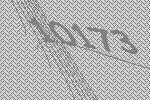
10173